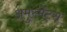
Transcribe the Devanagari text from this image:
अमुस्मेंट्स